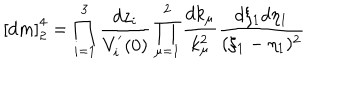
\left[ d m \right] _ { 2 } ^ { 4 } = \prod _ { i = 1 } ^ { 3 } \frac { d z _ { i } } { V _ { i } ^ { ' } ( 0 ) } \prod _ { \mu = 1 } ^ { 2 } \frac { d k _ { \mu } } { k _ { \mu } ^ { 2 } } \frac { d \xi _ { 1 } d \eta _ { 1 } } { ( \xi _ { 1 } - \eta _ { 1 } ) ^ { 2 } }